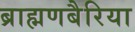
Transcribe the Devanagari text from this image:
ब्राह्मणबैरिया